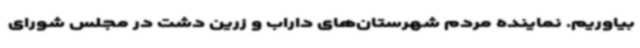
بیاوریم. نماینده مردم شهرستان‌های داراب و زرین دشت در مجلس شورای